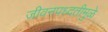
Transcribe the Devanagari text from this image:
जीवनपध्दतीमुळे